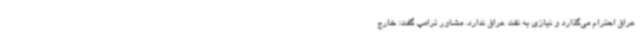
عراق احترام می‌گذارد و نیازی به نفت عراق ندارد. مشاور ترامپ گفت: خارج